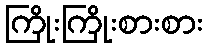
ကြိုးကြိုးစားစား